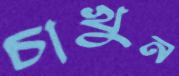
চাখুন